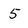
Character: 5